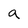
Character: a